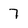
Character: 7